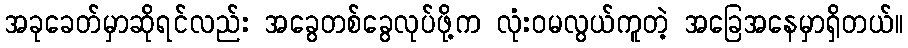
အခုခေတ်မှာဆိုရင်လည်း အခွေတစ်ခွေလုပ်ဖို့က လုံးဝမလွယ်ကူတဲ့ အခြေအနေမှာရှိတယ်။